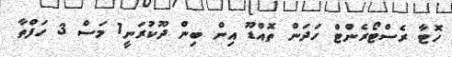
ހޮޓާ ރެސްޓޯރެންޓް ހަދަން ތޮއްޑޫ އިން ބިން ދޫކުރަނީ1 މަސް 3 ހަފްތާ